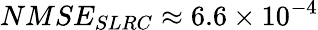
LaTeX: NMSE_{SLRC}\approx 6.6\times 10^{-4}